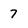
Character: 7